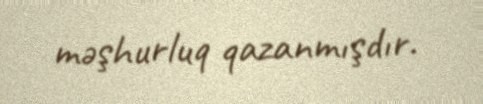
məşhurluq qazanmışdır.